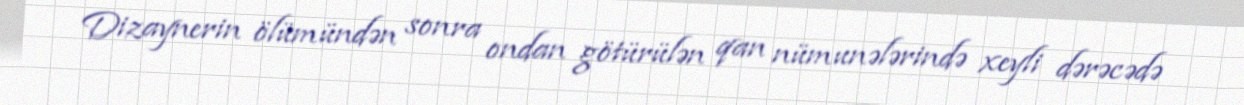
Dizaynerin ölümündən sonra ondan götürülən qan nümunələrində xeyli dərəcədə